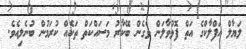
ލަޔާލް އަފްލާކްގެ އަތް ފޮޅުވާލަން ވެގެން ބޭކާރު މަސައްކަތް ތަކެއް ކުރަމުން ބުނެލިއެވެ.